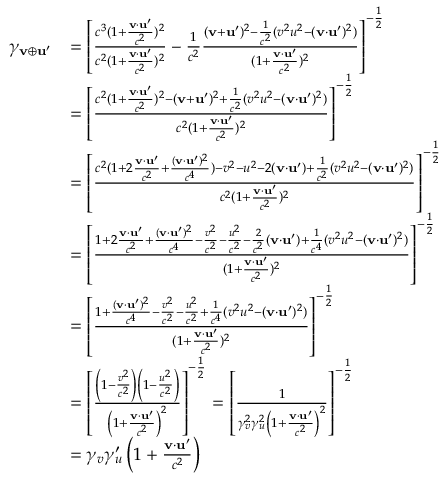
{ \begin{array} { r l } { \gamma _ { \mathbf { v } \oplus \mathbf { u } ^ { \prime } } } & { = \left[ { \frac { c ^ { 3 } ( 1 + { \frac { \mathbf { v } \cdot \mathbf { u } ^ { \prime } } { c ^ { 2 } } } ) ^ { 2 } } { c ^ { 2 } ( 1 + { \frac { \mathbf { v } \cdot \mathbf { u } ^ { \prime } } { c ^ { 2 } } } ) ^ { 2 } } } - { \frac { 1 } { c ^ { 2 } } } { \frac { ( \mathbf { v } + \mathbf { u } ^ { \prime } ) ^ { 2 } - { \frac { 1 } { c ^ { 2 } } } ( v ^ { 2 } u ^ { 2 } - ( \mathbf { v } \cdot \mathbf { u } ^ { \prime } ) ^ { 2 } ) } { ( 1 + { \frac { \mathbf { v } \cdot \mathbf { u } ^ { \prime } } { c ^ { 2 } } } ) ^ { 2 } } } \right] ^ { - { \frac { 1 } { 2 } } } } \\ & { = \left[ { \frac { c ^ { 2 } ( 1 + { \frac { \mathbf { v } \cdot \mathbf { u } ^ { \prime } } { c ^ { 2 } } } ) ^ { 2 } - ( \mathbf { v } + \mathbf { u } ^ { \prime } ) ^ { 2 } + { \frac { 1 } { c ^ { 2 } } } ( v ^ { 2 } u ^ { 2 } - ( \mathbf { v } \cdot \mathbf { u } ^ { \prime } ) ^ { 2 } ) } { c ^ { 2 } ( 1 + { \frac { \mathbf { v } \cdot \mathbf { u } ^ { \prime } } { c ^ { 2 } } } ) ^ { 2 } } } \right] ^ { - { \frac { 1 } { 2 } } } } \\ & { = \left[ { \frac { c ^ { 2 } ( 1 + 2 { \frac { \mathbf { v } \cdot \mathbf { u } ^ { \prime } } { c ^ { 2 } } } + { \frac { ( \mathbf { v } \cdot \mathbf { u } ^ { \prime } ) ^ { 2 } } { c ^ { 4 } } } ) - v ^ { 2 } - u ^ { 2 } - 2 ( \mathbf { v } \cdot \mathbf { u } ^ { \prime } ) + { \frac { 1 } { c ^ { 2 } } } ( v ^ { 2 } u ^ { 2 } - ( \mathbf { v } \cdot \mathbf { u } ^ { \prime } ) ^ { 2 } ) } { c ^ { 2 } ( 1 + { \frac { \mathbf { v } \cdot \mathbf { u } ^ { \prime } } { c ^ { 2 } } } ) ^ { 2 } } } \right] ^ { - { \frac { 1 } { 2 } } } } \\ & { = \left[ { \frac { 1 + 2 { \frac { \mathbf { v } \cdot \mathbf { u } ^ { \prime } } { c ^ { 2 } } } + { \frac { ( \mathbf { v } \cdot \mathbf { u } ^ { \prime } ) ^ { 2 } } { c ^ { 4 } } } - { \frac { v ^ { 2 } } { c ^ { 2 } } } - { \frac { u ^ { 2 } } { c ^ { 2 } } } - { \frac { 2 } { c ^ { 2 } } } ( \mathbf { v } \cdot \mathbf { u } ^ { \prime } ) + { \frac { 1 } { c ^ { 4 } } } ( v ^ { 2 } u ^ { 2 } - ( \mathbf { v } \cdot \mathbf { u } ^ { \prime } ) ^ { 2 } ) } { ( 1 + { \frac { \mathbf { v } \cdot \mathbf { u } ^ { \prime } } { c ^ { 2 } } } ) ^ { 2 } } } \right] ^ { - { \frac { 1 } { 2 } } } } \\ & { = \left[ { \frac { 1 + { \frac { ( \mathbf { v } \cdot \mathbf { u } ^ { \prime } ) ^ { 2 } } { c ^ { 4 } } } - { \frac { v ^ { 2 } } { c ^ { 2 } } } - { \frac { u ^ { 2 } } { c ^ { 2 } } } + { \frac { 1 } { c ^ { 4 } } } ( v ^ { 2 } u ^ { 2 } - ( \mathbf { v } \cdot \mathbf { u } ^ { \prime } ) ^ { 2 } ) } { ( 1 + { \frac { \mathbf { v } \cdot \mathbf { u } ^ { \prime } } { c ^ { 2 } } } ) ^ { 2 } } } \right] ^ { - { \frac { 1 } { 2 } } } } \\ & { = \left[ { \frac { \left( 1 - { \frac { v ^ { 2 } } { c ^ { 2 } } } \right) \left( 1 - { \frac { u ^ { 2 } } { c ^ { 2 } } } \right) } { \left( 1 + { \frac { \mathbf { v } \cdot \mathbf { u } ^ { \prime } } { c ^ { 2 } } } \right) ^ { 2 } } } \right] ^ { - { \frac { 1 } { 2 } } } = \left[ { \frac { 1 } { \gamma _ { v } ^ { 2 } \gamma _ { u } ^ { 2 } \left( 1 + { \frac { \mathbf { v } \cdot \mathbf { u } ^ { \prime } } { c ^ { 2 } } } \right) ^ { 2 } } } \right] ^ { - { \frac { 1 } { 2 } } } } \\ & { = \gamma _ { v } \gamma _ { u } ^ { \prime } \left( 1 + { \frac { \mathbf { v } \cdot \mathbf { u } ^ { \prime } } { c ^ { 2 } } } \right) } \end{array} }